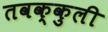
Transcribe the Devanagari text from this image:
तवक्कुली